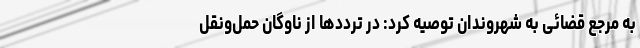
به مرجع قضائی به شهروندان توصیه کرد: در ترددها از ناوگان حمل‌ونقل